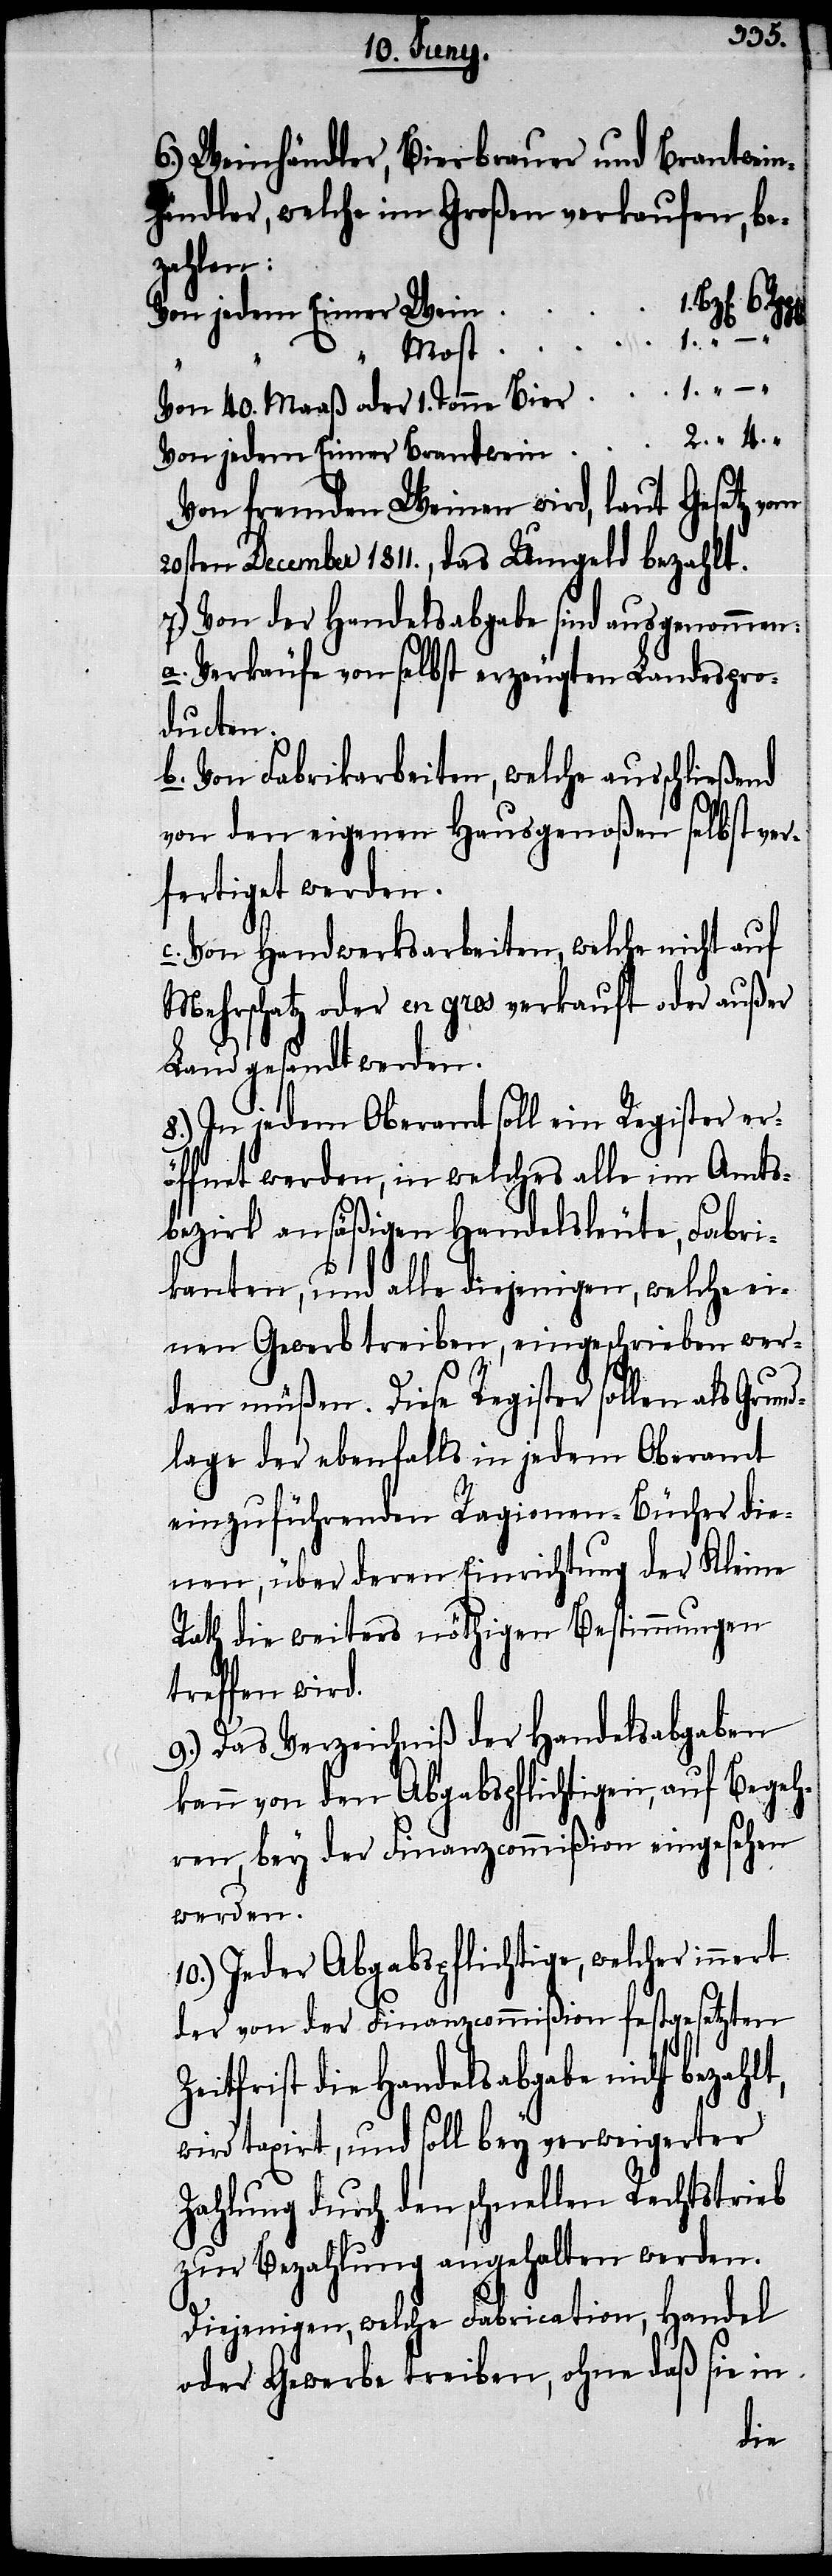
6.) Weinhändler, Bierbrauer und Brantwein¬
händler, welche im Großen verkaufen, be¬
zahlen:
Von jedem
t,
Von jedem Eimer Wein
Von 40. Maaß oder 1. Tonne Bier
Von fremden Weinen wird, laut Gesetz vom
20sten December 1811., das Umgeld bezahlt.
7.) Von der Handelsabgabe sind ausgenommen:
a.) Verkäufe von selbst erzeugten Landespro¬
ducten.
b.) Von Fabrikarbeiten, welche ausschließend
von den eigenen Hausgenoßen selbst ver¬
fertigt werden.
Von Handwerksarbeiten, welche nicht auf
Mehrschatz oder en gros verkauft oder außer
Land gesandt werden.
8.) In jedem Oberamt soll ein Register er¬
öffnet werden, in welches alle im Amts¬
bezirk ansäßigen Handelsleute, Fabri¬
kanten, und alle diejenigen, welche ei¬
nen Gewerb treiben, eingeschrieben wer¬
den müßen. Diese Register sollen als Grun¬
dlage der ebenfalls in jedem Oberamt
einzuführenden Ragionen-Bücher die¬
nen, über deren Einrichtung der Kleine
Rath die weiters nöthigen Bestimmungen
treffen wird.
9.) Das Verzeichniß der Handelsabgaben
kann von den Abgabspflichtigen, auf Begeh¬
ren, bey der Finanzcommißion eingesehen
werden.
10.) Jeder Abgabspflichtige, welcher innert
der von der Finanzcommißion festgesetzten
Zeitfrist die Handelsabgabe nicht bezahl¬
wird taxirt, und soll bey verweigerter
Zahlung durch den schnellen Rechtstrieb
zur Bezahlung angehalten werde.
Diejenigen, welche Fabrication, Handel
oder Gewerbe treiben, ohne daß sie in